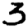
Digit: 3